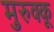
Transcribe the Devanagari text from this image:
मुरुक्कू